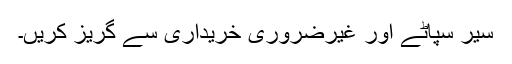
سیر سپاٹے اور غیرضروری خریداری سے گریز کریں۔